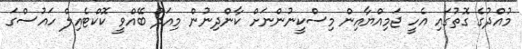
މުއްދުގެ ގޮތުގައި އެހީ ޖަމިއްޔާއިން މިސްކީނުންނަށް ކާންދިނުން މިއަދު ބޭއްވީ ކޮކްޓެއިލް ހައުސްގަ